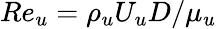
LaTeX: Re_{u}=\rho_{u}U_{u}D/\mu_{u}